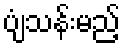
ပျံသန်းမည့်